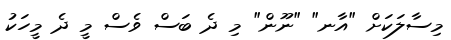
މިސާލަކަށް "އާނ" "ނޫން" މި ދެ ބަސް ވެސް މީ ދެ މީހަކު